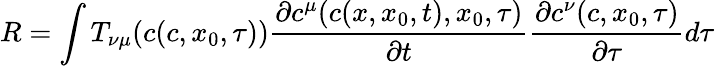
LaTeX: R=\int T_{\nu\mu}(c(c,x_{0},\tau))\frac{\partial c^{\mu}(c(x,x_{0},t),x_{0},\tau)}{\partial t}\frac{\partial c^{\nu}(c,x_{0},\tau)}{\partial\tau}d\tau